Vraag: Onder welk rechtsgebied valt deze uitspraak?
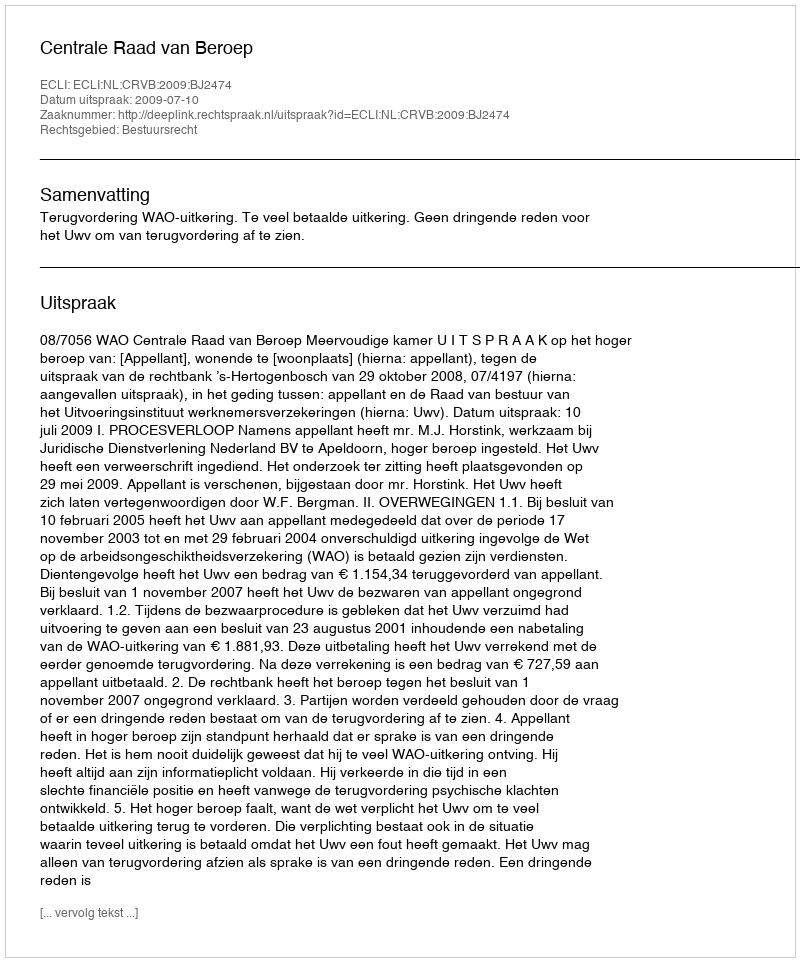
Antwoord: Bestuursrecht